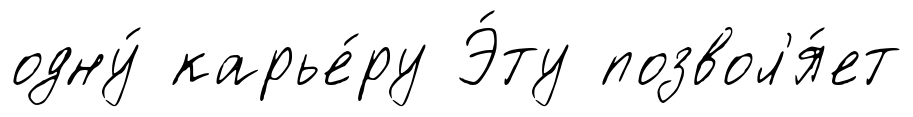
одну́ карье́ру Э́ту позвол'я́ет